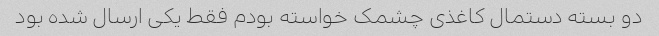
دو بسته دستمال کاغذی چشمک خواسته بودم فقط یکی ارسال شده بود